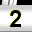
Digit: 2